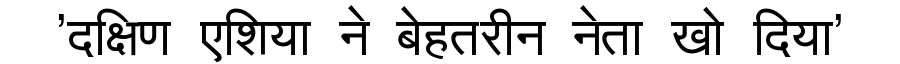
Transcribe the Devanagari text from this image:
'दक्षिण एशिया ने बेहतरीन नेता खो दिया'